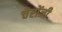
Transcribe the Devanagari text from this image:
चेरोंजी